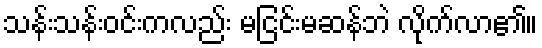
သန်းသန်းဝင်းကလည်း မငြင်းမဆန်ဘဲ လိုက်လာ၏။